Madras plague regulations and rules for the city of Madras
Disease focus: Plague
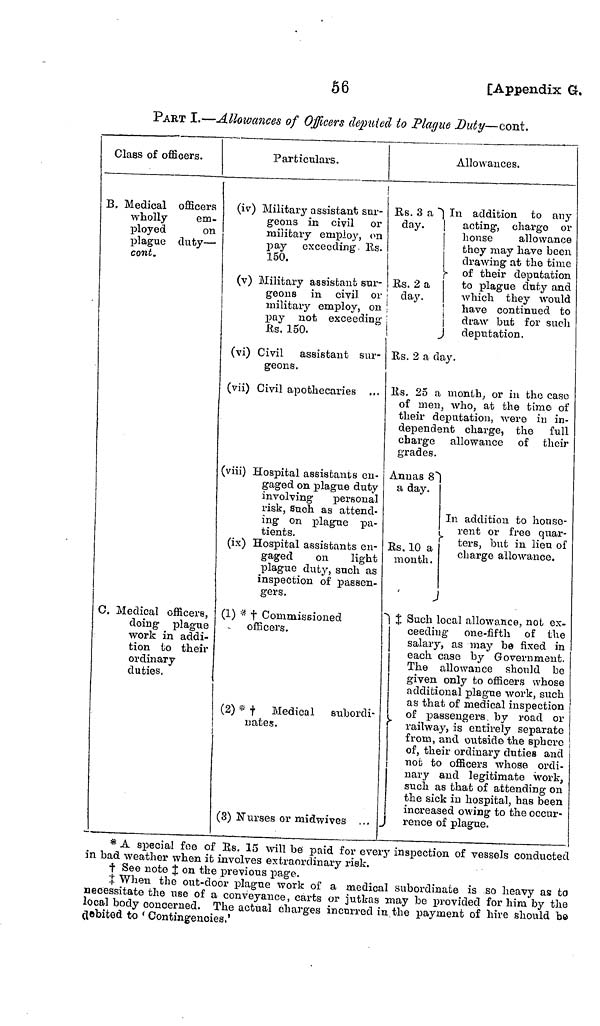
56
[Appendix G.
PART I.—Allowances of Officers deputed, to Plague Duty—cont.
Class of officers.
B, Medical officers
wholly
em-
ployed
on
plague duty
cont.
C. Medical officers,
doing plague
work in addi-
tion to their
ordinary
duties.
Particulars.
(iv) Military assistant sur-
geons in civil or
military employ, on
pay exceeding Rs.
150.
(v) Military assistant sur-
geons in civil or
military employ, on
pay not exceeding
Rs. 150.
(vi) Civil assistant sur-
geons.
(vii) Civil apothecaries
(viii) Hospital assistants en-
gaged on plague duty
involving
personal
risk, Such as attend-
ing on plague pa-
tients.
(ix) Hospital assistants en-
gaged
on
light
plague duty, such as
inspection of passen-
gers.
(1) * † Commissioned
officers.
(2) *
Medical subordi
nates.
(S) Nurses or midwives ...
Allowances.
Rs. 3 a
day.
Es. 2 a
day.
In addition to any
acting, charge or
house
allowance
they may have been
drawing at the time
of their deputation
to plague duty and
which they would
have continued to
draw but for such
deputation.
Rs. 2 a day.
Rs. 25 a month, or in the case
of men, who, at the time of
their deputation, were in in-
dependent charge, the full
charge allowance of their
grades.
Annas 8
a day.
Rs. 10 a
month.
In addition to house-
rent or free quar-
ters, but in lieu of
charge allowance.
† Such local allowance, not ex
ceeding one-fifth of the
salary, as may be fixed in
each case by Government.
The allowance should be
given only to officers whose
additional plague work, such
as that of medical inspection
of passengers, by road or
railway, is entirely separate
from, and outside the sphere
of, their ordinary duties and
not to officers whose ordi
nary and legitimate work,
such as that of attending on
the sick in hospital, has been
increased owing to the occur-
r en ce of plague.
* A special foe of Rs. 15 will be paid for every inspection of vessels conducted
in bad weather when it involves extraordinary risk.
† See note ‡ on the previous page.
‡ When the out-door plague work of a medical subordinate is so heavy as to
necessitate the use of a conveyance, carts or jutkas may be provided for him by the
local body concerned. The actual charges incurred in the payment of hire should be
debited to 'Contingencies.'